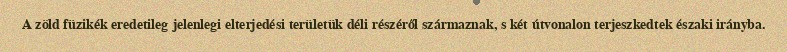
A zöld füzikék eredetileg jelenlegi elterjedési területük déli részéről származnak, s két útvonalon terjeszkedtek északi irányba.